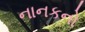
નાનકનો